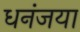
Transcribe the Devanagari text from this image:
धनंजया